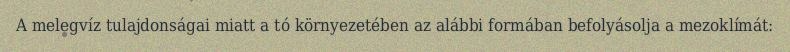
A melegvíz tulajdonságai miatt a tó környezetében az alábbi formában befolyásolja a mezoklímát: